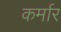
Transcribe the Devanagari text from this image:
कर्मार